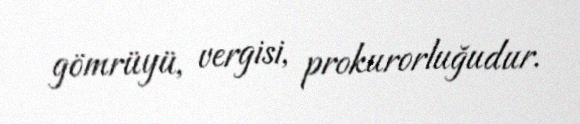
gömrüyü, vergisi, prokurorluğudur.